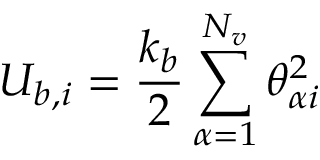
U _ { b , i } = \frac { k _ { b } } { 2 } \sum _ { \alpha = 1 } ^ { N _ { v } } \theta _ { \alpha i } ^ { 2 }